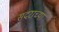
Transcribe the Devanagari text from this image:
सदराच्या